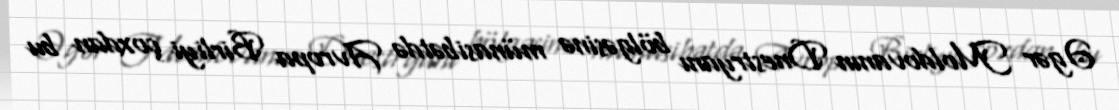
Əgər Moldovanın Dnestryanı bölgəsinə münasibətdə Avropa Birliyi çoxdan bu